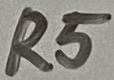
Text: R5